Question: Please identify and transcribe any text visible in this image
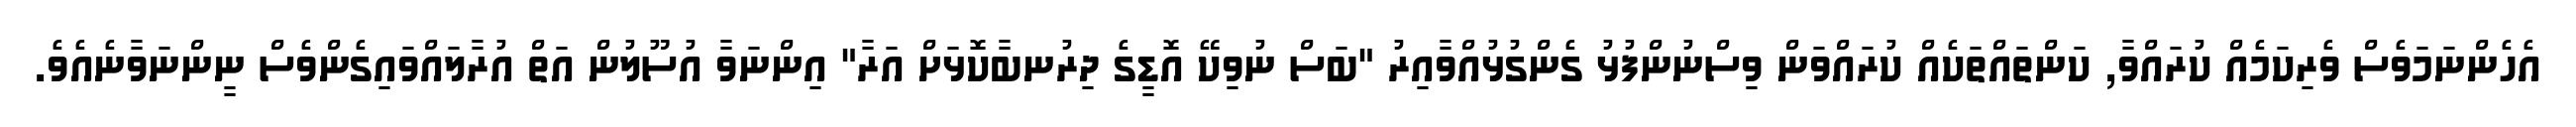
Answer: އެހެންނަމަވެސް ވެރިކަމެއް ކުރައްވާ, ކަންތައްތަކެއް ކުރައްވަން ވިސްނުންފުޅު ގެންގުޅުއްވާއިރު "ބަސް ނުވިކޭ އޮޑީގެ ދިރުނބާކޮޅަށް އަރާ" އިންނަވާ އުސޫލުން އަތް އުރާލައްވައިގެންވެސް ނީންނަވާނެއެވެ.